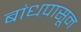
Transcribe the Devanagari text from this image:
बांधपासून